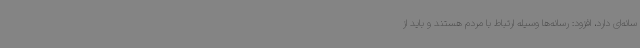
سانه‌ای دارد، افزود: رسانه‌ها وسیله ارتباط با مردم هستند و باید از